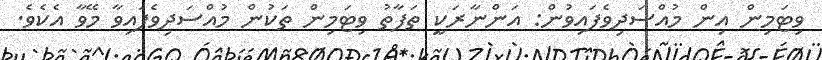
ވިޓަމިން އިން މުއްސަދިވެފައިވުން: އަންނާރަކީ ތަފާތު ވިޓަމިން ތަކުން މުއްސަދިވެފައިވާ މޭވާ އެކެވެ.